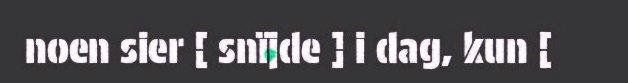
noen sier [ snïjde ] i dag, kun [